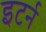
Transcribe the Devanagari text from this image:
इटर्न